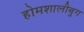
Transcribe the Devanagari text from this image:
होमशालीबुग